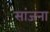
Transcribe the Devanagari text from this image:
सांजना